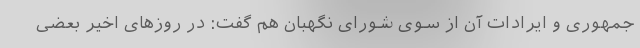
جمهوری و ایرادات آن از سوی شورای نگهبان هم گفت: در روزهای اخیر بعضی